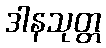
ဒါနသုတ္တ